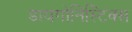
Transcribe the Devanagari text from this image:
डायगोनिस्टिक्‍स